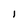
Character: 1